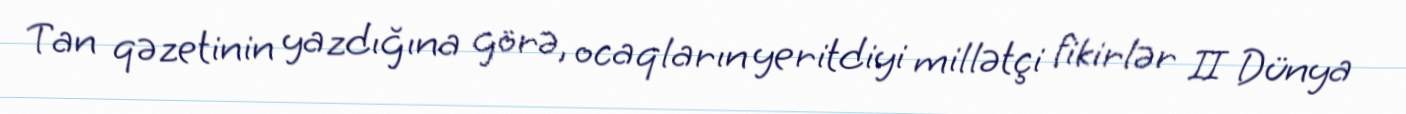
Tan qəzetinin yazdığına görə, ocaqların yeritdiyi millətçi fikirlər II Dünya